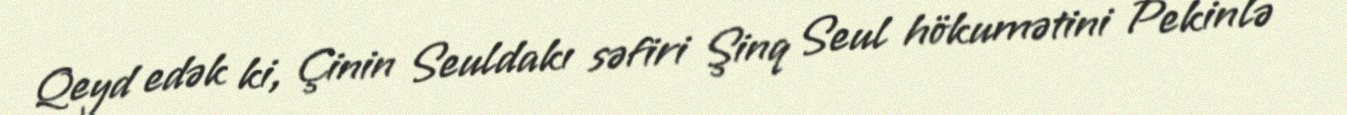
Qeyd edək ki, Çinin Seuldakı səfiri Şinq Seul hökumətini Pekinlə